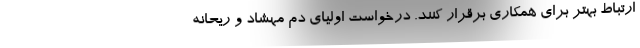
ارتباط بهتر برای همکاری برقرار کنند. درخواست اولیای دم مهشاد و ریحانه